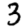
Digit: 3